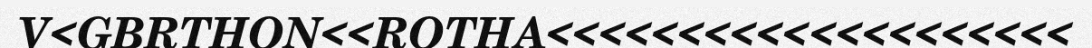
V<GBRTHON<<ROTHA<<<<<<<<<<<<<<<<<<<<